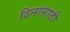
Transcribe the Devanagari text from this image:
दिनासाठी